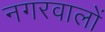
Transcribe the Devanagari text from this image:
नगरवालों